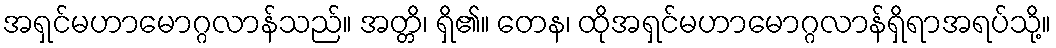
အရှင်မဟာမောဂ္ဂလာန်သည်။ အတ္တိ၊ ရှိ၏။ တေန၊ ထိုအရှင်မဟာမောဂ္ဂလာန်ရှိရာအရပ်သို့။